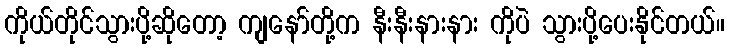
ကိုယ်တိုင်သွားပို့ဆိုတော့ ကျနော်တို့က နီးနီးနားနား ကိုပဲ သွားပို့ပေးနိုင်တယ်။